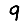
Digit: 9